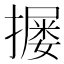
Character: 𪮴